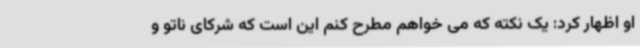
او اظهار کرد: یک نکته که می خواهم مطرح کنم این است که شرکای ناتو و